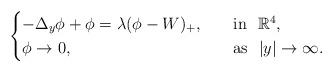
LaTeX: \begin{align*}\begin{cases}-\Delta _y\phi +\phi =\lambda (\phi -W)_+,\quad&\mathrm{in} \ \ \mathbb{R} ^4,\\\phi \rightarrow 0,&\mathrm{as} \ \ |y|\rightarrow \infty .\\\end{cases}\end{align*}